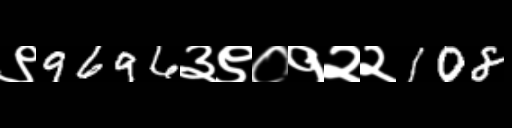
Text: ९9696३९०१२२108